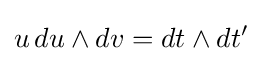
u\,du\wedge dv=dt\wedge dt'